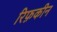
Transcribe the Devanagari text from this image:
रिफ़कीन